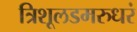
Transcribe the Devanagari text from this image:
त्रिशूलडमरुधरं